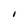
Character: i